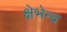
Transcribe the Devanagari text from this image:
क्षेभेन्द्र